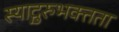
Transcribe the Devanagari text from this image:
स्याद्गुरुभक्तता